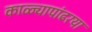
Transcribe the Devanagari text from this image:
काळ्यापांढरया